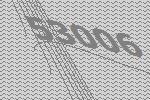
53006